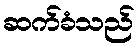
ဆက်ခံသည်